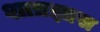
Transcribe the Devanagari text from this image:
शात्रज्ञास